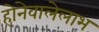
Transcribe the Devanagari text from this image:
होनेवालेलाभ